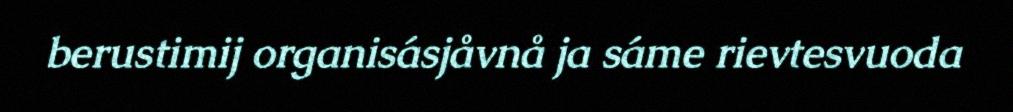
berustimij organisásjåvnå ja sáme rievtesvuoda